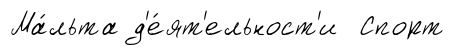
Ма́льта д'е́ят'ельност'и Спорт